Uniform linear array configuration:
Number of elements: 64
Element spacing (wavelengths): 0.75
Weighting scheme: kaiser
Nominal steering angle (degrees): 0
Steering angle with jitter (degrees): -1.538
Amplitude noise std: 0.05
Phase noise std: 0.05

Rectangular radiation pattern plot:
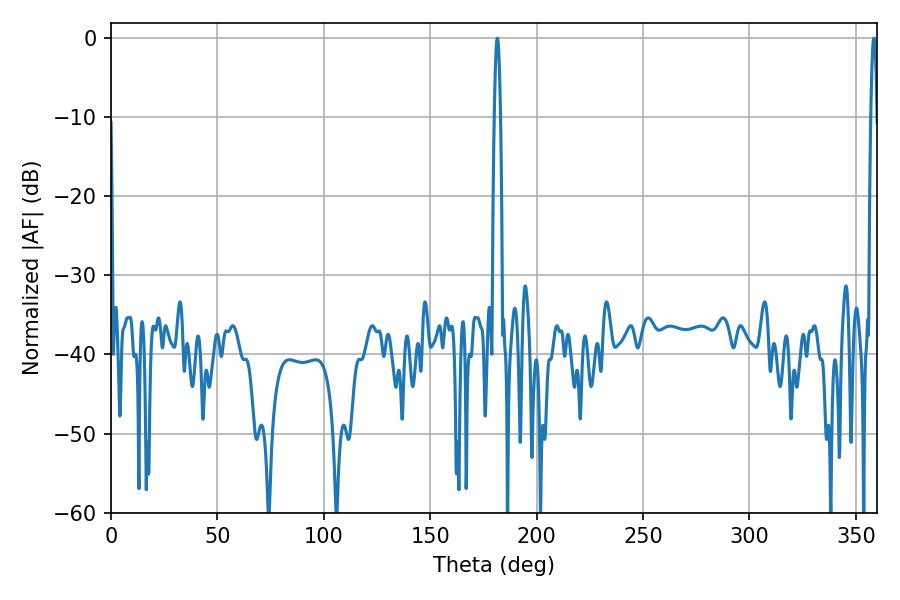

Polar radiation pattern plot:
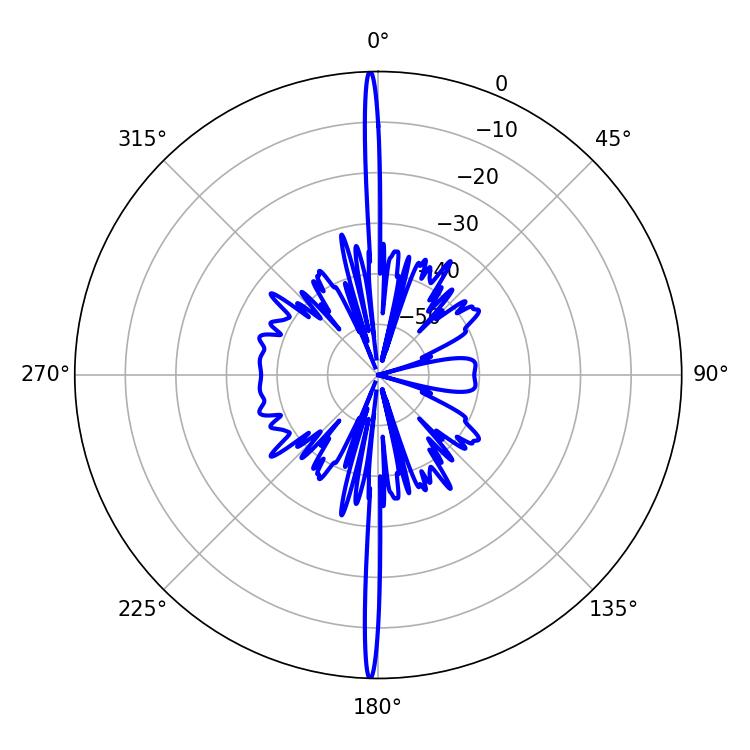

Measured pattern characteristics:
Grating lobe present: TRUE
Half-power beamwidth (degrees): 1.62
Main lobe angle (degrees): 181.62